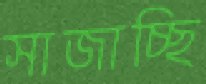
সাজাচ্ছি